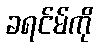
ခရင်မ်ကို